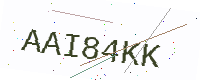
Text: AAI84KK